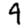
Digit: 4